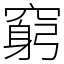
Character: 窮